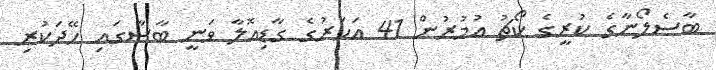
ބާސެލޯނާގެ ކުރީގެ ކޯޗު އުމުރުން 41 އަހަރުގެ ގާޑިއޮލާ ވަނީ ބާސާގައި ހޭދަކުރި